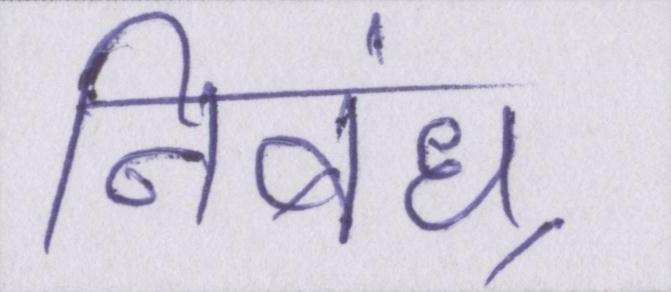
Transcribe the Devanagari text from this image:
निबंध्